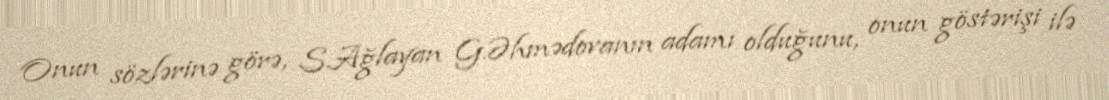
Onun sözlərinə görə, S.Ağlayan G.Əhmədovanın adamı olduğunu, onun göstərişi ilə